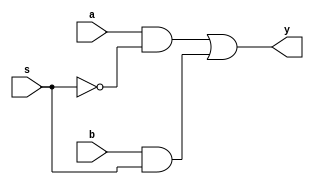
module mux2_assign (
   input    a,
   input    b,
   input    s,
   output   y
   );
   
   assign y = a & ~s | b & s;
   
endmodule